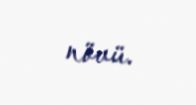
növü.